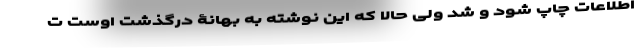
اطلاعات چاپ شود و شد ولی حالا که این نوشته به بهانۀ درگذشت اوست ت